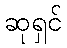
ဆုရှင်